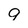
Character: 9